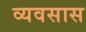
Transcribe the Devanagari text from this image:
व्यवसास